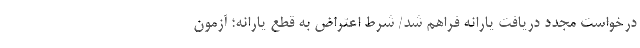
درخواست مجدد دریافت یارانه فراهم شد/ شرط اعتراض به قطع یارانه؛ آزمون